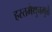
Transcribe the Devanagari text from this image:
हस्तमैथुनमुळे